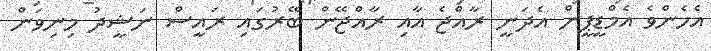
އެހެންވެ އެމްޑީޕީން އެދަނީ ރާއްޖެ އާއި ރާއްޖޭން ބޭރުގައި ރައީސް ނަޝީދު މިނިވަން